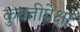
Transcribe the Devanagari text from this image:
कुवतीपेक्षा